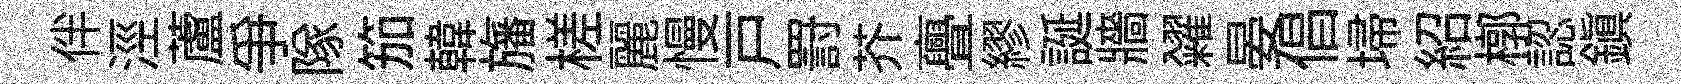
伴涇蘆争隊笳韓旛槎麗慢戸罸芥亹繆誕牆糴晏倡埽紹槨認鎮